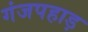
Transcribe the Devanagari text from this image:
गंजपहाड़